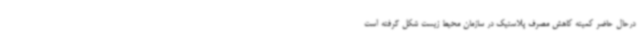
درحال حاضر کمیته کاهش مصرف پلاستیک در سازمان محیط زیست شکل گرفته است